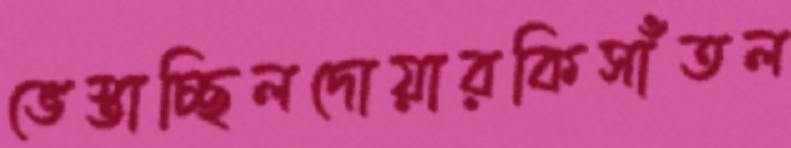
ভেস্তাচ্ছিলদোয়ারকিসাঁতল